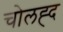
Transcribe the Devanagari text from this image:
चोलह्द